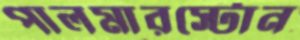
পালমারস্টোন